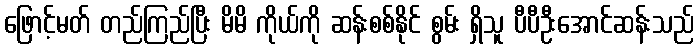
ဖြောင့်မတ် တည်ကြည်ပြီး မိမိ ကိုယ်ကို ဆန်းစစ်နိုင် စွမ်း ရှိသူ ပီပီဦးအောင်ဆန်းသည်